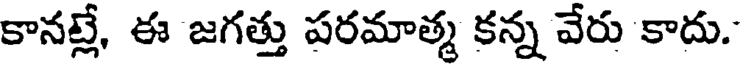
కానట్లే, ఈ జగత్తు పరమాత్మ కన్న వేరు కాదు.